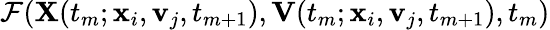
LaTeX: \mathcal{F}(\mathbf{{X}}(t_{m};\mathbf{{x}}_{i},\mathbf{{v}}_{j},t_{m+1}),\mathbf{{V}}(t_{m};\mathbf{{x}}_{i},\mathbf{{v}}_{j},t_{m+1}),t_{m})